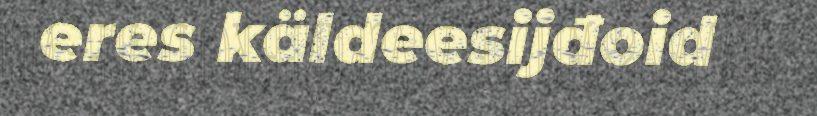
eres käldeesijđoid